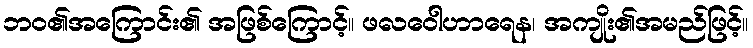
ဘဝ၏အကြောင်း၏ အဖြစ်ကြောင့်။ ဖလဝေါဟာရေန၊ အကျိုး၏အမည်ဖြင့်။